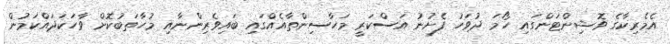
އެމެރިކާގެ ވޮޝިންޓަންގައި ހޯމަ ދުވަހު ފެށުނު އަސްކަރީ މަހާސިންތާއެއްގައި ބައިވެރިންނާއި މުހާތަބުކޮށް ވާހަކަދައްކަމުން